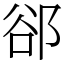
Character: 郤